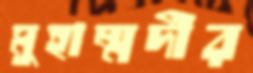
মুহাম্মদীর